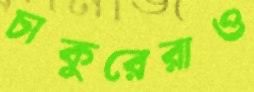
চাকুরেরাও